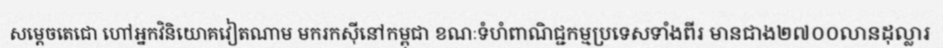
សម្តេចតេជោ ហៅអ្នកវិនិយោគវៀតណាម មករកស៊ីនៅកម្ពុជា ខណៈទំហំពាណិជ្ជកម្មប្រទេសទាំងពីរ មានជាង២៧០០លានដុល្លារ